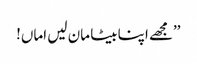
’’مجھے اپنا بیٹا مان لیں اماں!